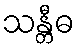
သန္တီဓ